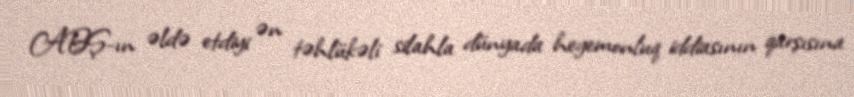
ABŞ-ın əldə etdiyi ən təhlükəli silahla dünyada hegemonluq iddiasının qarşısına